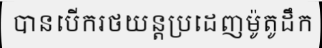
បានបើករថយន្តប្រដេញម៉ូតូដឹក